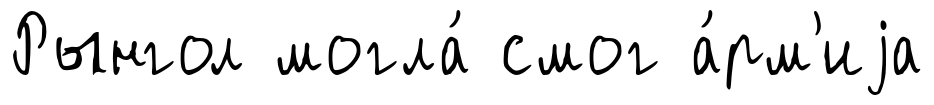
Рынгол могла́ смог а́рм'иjа